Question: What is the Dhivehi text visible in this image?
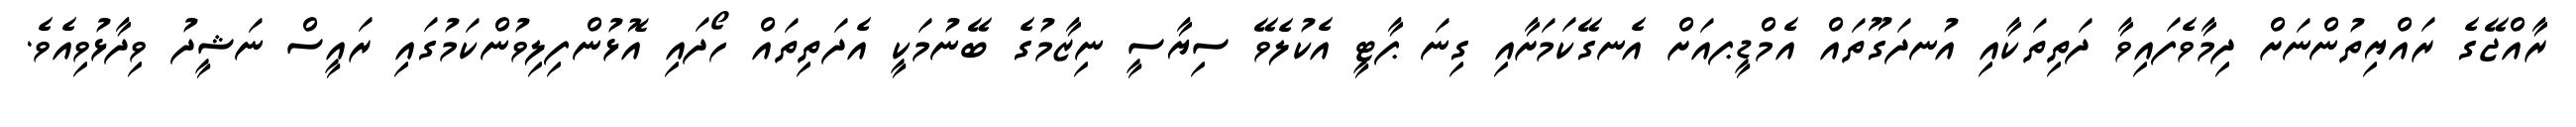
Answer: ރާއްޖޭގެ ރައްޔިތުންނަށް ދިމާވެފައިވާ ދަތިތަކާއި އުނދަގޫތައް އެމްޑީޕއަށް އެނގޭކަމަށާއި ގިނަ ޕާޓީ އެކުލެވޭ ސިޔާސީ ނިޒާމުގެ ބޭނުމަކީ އެދަތިތައް ހޯދައި އޮޅުންފިލިވުންކަމުގައި ރައީސް ނަޝީދު ވިދާޅުވިއެވެ.